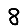
Digit: 8